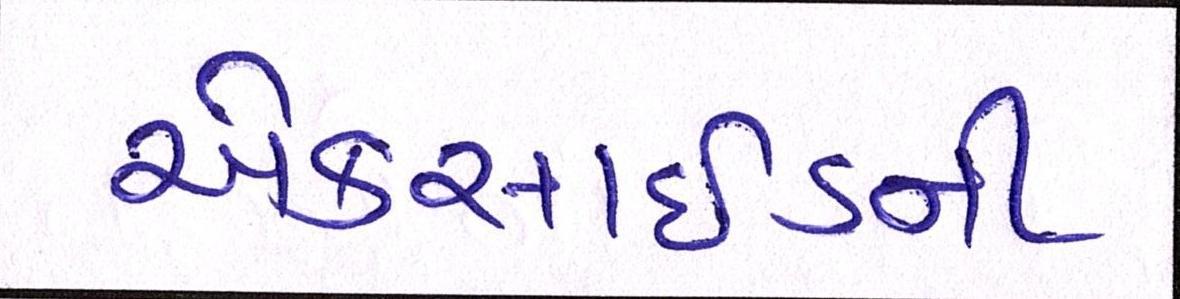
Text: એક્સાઇડની